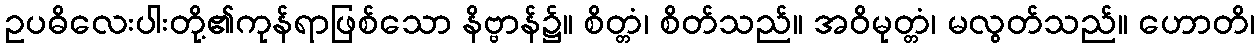
ဥပဓိလေးပါးတို့၏ကုန်ရာဖြစ်သော နိဗ္ဗာန်၌။ စိတ္တံ၊ စိတ်သည်။ အဝိမုတ္တံ၊ မလွတ်သည်။ ဟောတိ၊